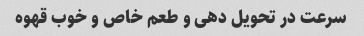
سرعت در تحویل دهی و طعم خاص و خوب قهوه